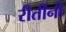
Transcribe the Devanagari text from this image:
रीतींनी